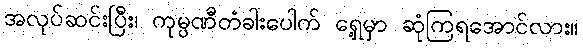
အလုပ်ဆင်းပြီး၊ ကုမ္ပဏီတံခါးပေါက် ရှေ့မှာ ဆုံကြရအောင်လား။